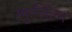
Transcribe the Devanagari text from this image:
स्फुलिंल्ग